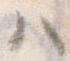
ハ